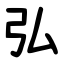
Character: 弘